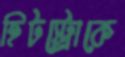
হিটস্ট্রোকে